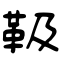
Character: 靸